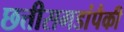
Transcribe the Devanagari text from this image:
छत्तीसगडांपैकी